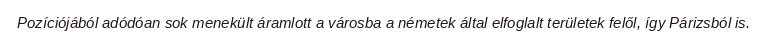
Pozíciójából adódóan sok menekült áramlott a városba a németek által elfoglalt területek felől, így Párizsból is.